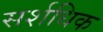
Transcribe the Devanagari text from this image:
सर्शधिक